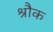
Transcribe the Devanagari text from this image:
श्रौक